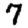
Digit: 7